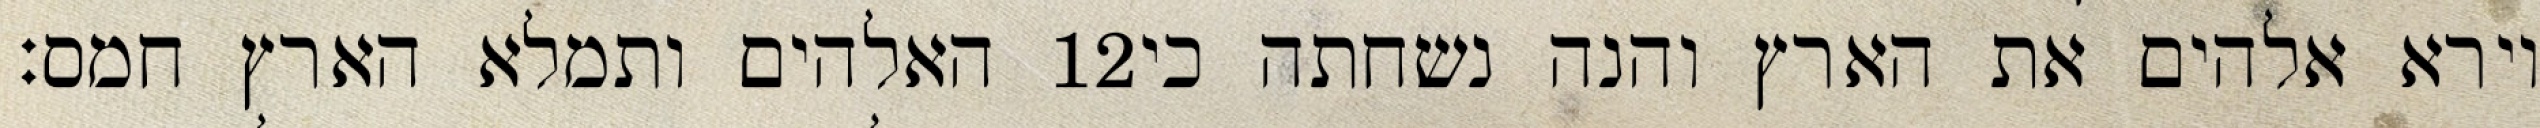
האלהים ותמלא הארץ חמס׃ ‎12‏ וירא אלהים את הארץ והנה נשחתה כי